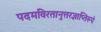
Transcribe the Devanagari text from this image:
पदमविरतानुत्तरज्ञाप्तिरूपं